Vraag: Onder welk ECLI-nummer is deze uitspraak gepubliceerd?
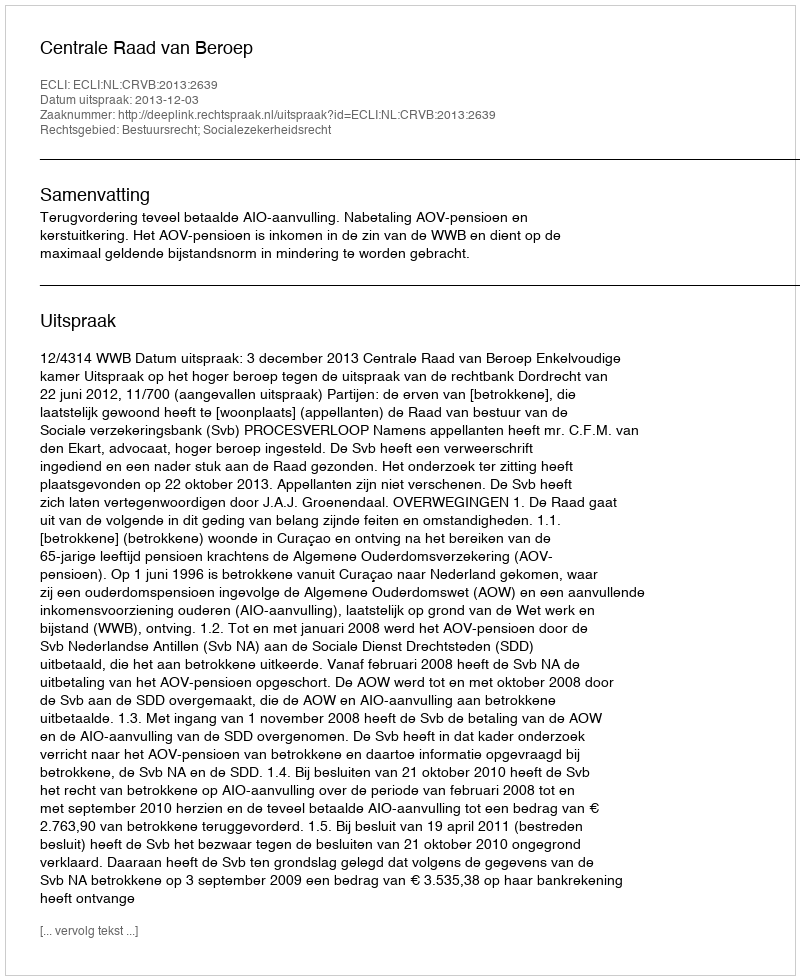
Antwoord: ECLI:NL:CRVB:2013:2639